Malarial fevers
Disease focus: Malaria
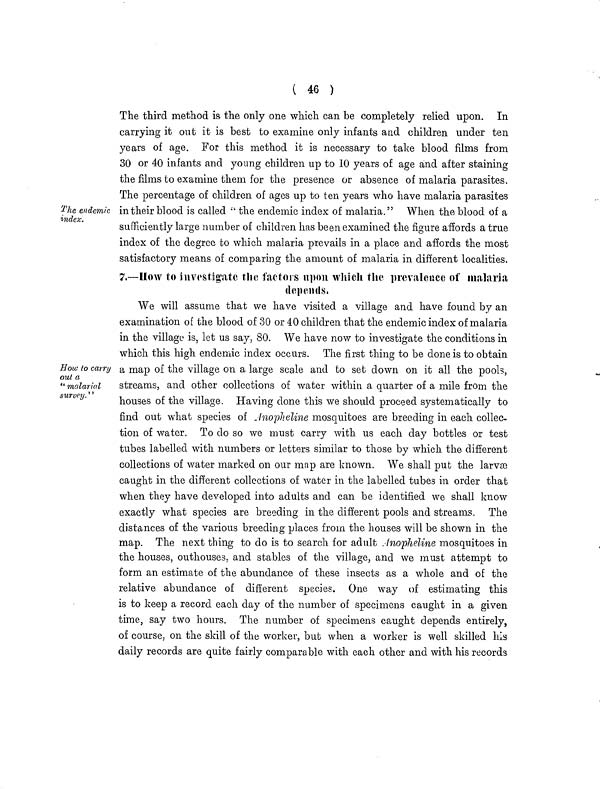
( 46 )
The endemic
index.
The third method is the only one which can be completely relied upon. In
carrying it out it is best to examine only infants and children under ten
years of age. For this method it is necessary to take blood films from
30 or 40 infants and young children up to 10 years of age and after staining
the films to examine them for the presence or absence of malaria parasites.
The percentage of children of ages up to ten years who have malaria parasites
in their blood is called •'' the endemic index of malaria." When the blood of a
sufficiently large number of children has been examined the figure affords a true
index of the degree to which malaria prevails in a place and affords the most
satisfactory means of comparing the amount of malaria in different localities.
7.—How to investigate the factors upon which the prevalence of malaria
depends.
How to carry
out a
" malarial
survey.''
We will assume that we have visited a village and have found by an
examination of the blood of 30 or 40 children that the endemic index of malaria
in the village is, let us say, 80. We have now to investigate the conditions in
which this high endemic index occurs. The first thing to be done is to obtain
a map of the village on a large scale and to set down on it all the pooh,
streams, and other collections of water within a quarter of a mile from the
houses of the village. Having done this we should proceed systematically to
find out what species of Jnopheline mosquitoes are breeding in each collec-
tion of water. To do so we must carry with us each day bottles or test
tubes labelled with numbers or letters similar to those by which the different
collections of water marked on our map are known. We shall put the larvæ
caught in the different collections of water in the labelled tubes in order that
when they have developed into adults and can be identified we shall know
exactly what species are breeding in the different pools and streams. The
distances of the various breeding places from the houses will be shown in the
map. The next thing to do is to search for adult Anopheline mosquitoes in
the houses, outhouses, and stables of the village, and we must attempt to
form an estimate of the abundance of these insects as a whole and of the
relative abundance of different species. One way of estimating this
is to keep a record each day of the number of specimens caught in a given
time, say two hours. The number of specimens caught depends entirely,
of course, on the skill of the worker, but when a worker is well skilled his
daily records are quite fairly comparable with each other and with his records